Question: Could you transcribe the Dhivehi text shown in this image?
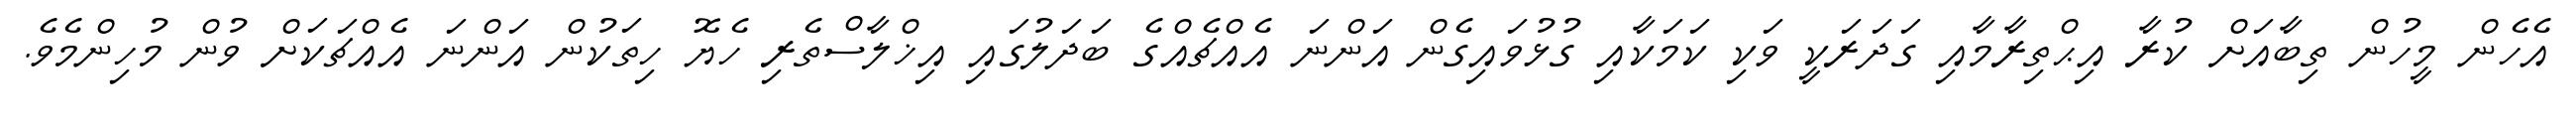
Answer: އެހެން މީހުން ތިބާއަށް ކުރާ އިޙްތިރާމާއި ގަދަރަކީ ވަކި ކަމަކާއި ގުޅުވައިގެން އަންނަ އެއްޗެއްގެ ބަދަލުގައި އިޚްލާސްތެރި ހެޔޮ ހިތަކުން އަންނަ އެއްޗަކަށް ވުން މުހިންމެވެ.